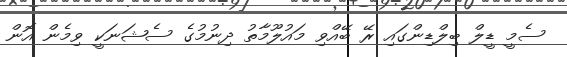
ސެމީ ޑީލް ބިލްޑިންގައި ރޭ ބޭއްވި މައުލޫމާތު ދިނުމުގެ ސެޝަނަކީ ވިމެން އޮން